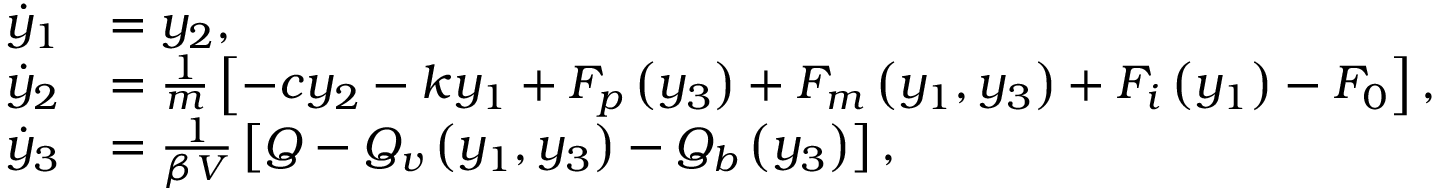
\begin{array} { r l } { \dot { y } _ { 1 } } & { = y _ { 2 } , } \\ { \dot { y } _ { 2 } } & { = \frac { 1 } { m } \left[ - c y _ { 2 } - k y _ { 1 } + F _ { p } \left( y _ { 3 } \right) + F _ { m } \left( y _ { 1 } , y _ { 3 } \right) + F _ { i } \left( y _ { 1 } \right) - F _ { 0 } \right] , } \\ { \dot { y } _ { 3 } } & { = \frac { 1 } { \beta V } \left[ Q - Q _ { v } \left( y _ { 1 } , y _ { 3 } \right) - Q _ { b } \left( y _ { 3 } \right) \right] , } \end{array}